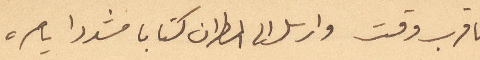
باقرب وقت وارسل الى المطران كتابا مشددا يامره